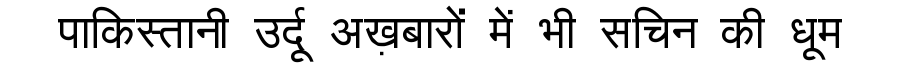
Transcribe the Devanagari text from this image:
पाकिस्तानी उर्दू अख़बारों में भी सचिन की धूम